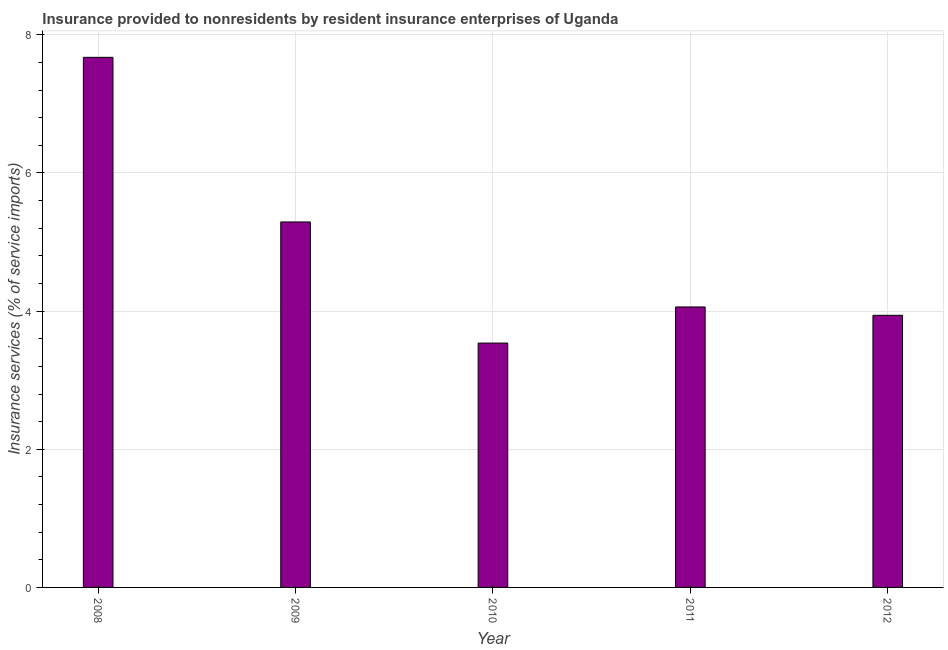
| Year | Insurance and financial services |
 | --- | --- |
 | 2008 | 7.67 |
 | 2009 | 5.29 |
 | 2010 | 3.54 |
 | 2011 | 4.06 |
 | 2012 | 3.94 |